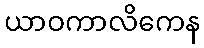
ယာဝကာလိကေန